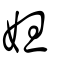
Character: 妲